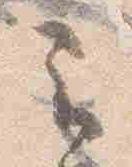
云